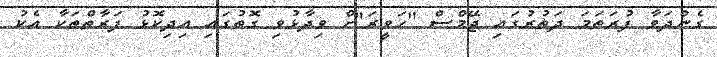
ގެންދަވާ ފުރަތަމަ ދަތުރުގައި ޖޭމްސް "ހަވީރަ"ށް ވިދާޅުވި ގޮތުގައި އިދިކޮޅު ފަރާތްތަކާ އެކު